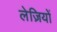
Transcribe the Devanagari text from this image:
लेज़ियों